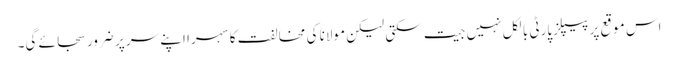
اس موقع پر پیپلزپارٹی بالکل نہیں جیت سکتی لیکن مولانا کی مخالفت کا سہرا اپنے سر پر ضرور سجائے گی۔